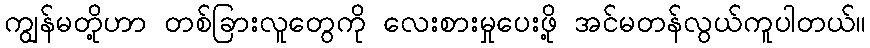
ကျွန်မတို့ဟာ တစ်ခြားလူတွေကို လေးစားမှုပေးဖို့ အင်မတန်လွယ်ကူပါတယ်။